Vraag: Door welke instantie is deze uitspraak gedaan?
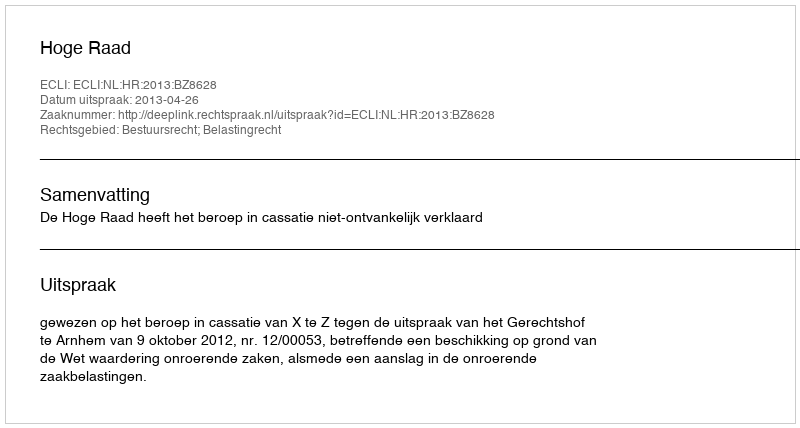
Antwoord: Hoge Raad